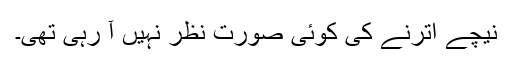
نیچے اترنے کی کوئی صورت نظر نہیں آ رہی تھی۔